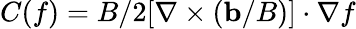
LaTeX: C(f)=B/2[\nabla\times(\mathbf{b}/B)]\cdot\nabla f